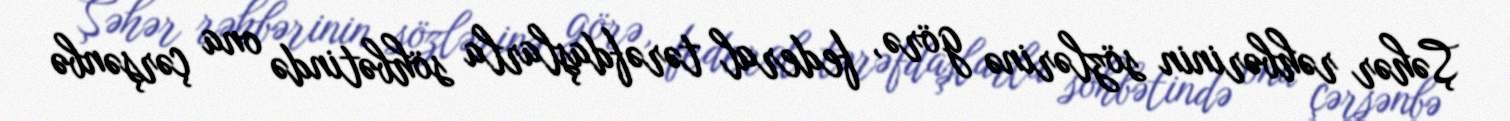
Şəhər rəhbərinin sözlərinə görə, federal tərəfdaşlarla söhbətində ona çərşənbə